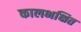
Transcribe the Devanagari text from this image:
कालभक्षित